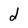
Character: d